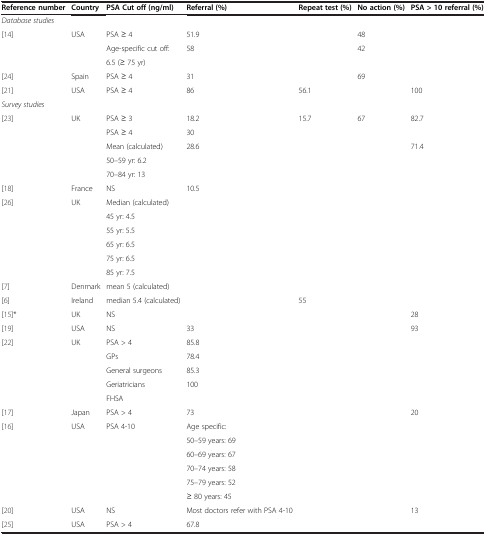
<table><thead><tr><td><b>Reference number</b></td><td><b>Country</b></td><td><b>PSA Cut off (ng/ml)</b></td><td><b>Referral (%)</b></td><td><b>Repeat test (%)</b></td><td><b>No action (%)</b></td><td><b>PSA &gt; 10 referral (%)</b></td></tr></thead><tbody><tr><td><i>Database studies</i></td><td> </td><td> </td><td> </td><td> </td><td> </td><td> </td></tr><tr><td>[14]</td><td>USA</td><td>PSA ≥ 4</td><td>51.9</td><td> </td><td>48</td><td> </td></tr><tr><td rowspan="2"> </td><td rowspan="2"> </td><td>Age-specific cut off:</td><td rowspan="2">58</td><td rowspan="2"> </td><td rowspan="2">42</td><td rowspan="2"> </td></tr><tr><td>6.5 (≥ 75 yr)</td></tr><tr><td>[24]</td><td>Spain</td><td>PSA ≥ 4</td><td>31</td><td> </td><td>69</td><td> </td></tr><tr><td>[21]</td><td>USA</td><td>PSA ≥ 4</td><td>86</td><td>56.1</td><td> </td><td>100</td></tr><tr><td><i>Survey studies</i></td><td> </td><td> </td><td> </td><td> </td><td> </td><td> </td></tr><tr><td>[23]</td><td>UK</td><td>PSA ≥ 3</td><td>18.2</td><td>15.7</td><td>67</td><td>82.7</td></tr><tr><td> </td><td> </td><td>PSA ≥ 4</td><td>30</td><td> </td><td> </td><td> </td></tr><tr><td rowspan="3"> </td><td rowspan="3"> </td><td>Mean (calculated)</td><td rowspan="3">28.6</td><td rowspan="3"> </td><td rowspan="3"> </td><td rowspan="3">71.4</td></tr><tr><td>50–59 yr: 6.2</td></tr><tr><td>70–84 yr: 13</td></tr><tr><td>[18]</td><td>France</td><td>NS</td><td>10.5</td><td> </td><td> </td><td> </td></tr><tr><td rowspan="6">[26]</td><td rowspan="6">UK</td><td>Median (calculated)</td><td> </td><td rowspan="6"> </td><td rowspan="6"> </td><td rowspan="6"> </td></tr><tr><td>45 yr: 4.5</td><td> </td></tr><tr><td>55 yr: 5.5</td><td> </td></tr><tr><td>65 yr: 6.5</td><td> </td></tr><tr><td>75 yr: 6.5</td><td> </td></tr><tr><td>85 yr: 7.5</td><td> </td></tr><tr><td>[7]</td><td>Denmark</td><td>mean 5 (calculated)</td><td> </td><td> </td><td> </td><td> </td></tr><tr><td>[6]</td><td>Ireland</td><td>median 5.4 (calculated)</td><td> </td><td>55</td><td> </td><td> </td></tr><tr><td>[15]*</td><td>UK</td><td>NS</td><td> </td><td> </td><td> </td><td>28</td></tr><tr><td>[19]</td><td>USA</td><td>NS</td><td>33</td><td> </td><td> </td><td>93</td></tr><tr><td rowspan="5">[22]</td><td rowspan="5">UK</td><td>PSA &gt; 4</td><td>85.8</td><td rowspan="5"> </td><td rowspan="5"> </td><td rowspan="5"> </td></tr><tr><td>GPs</td><td>78.4</td></tr><tr><td>General surgeons</td><td>85.3</td></tr><tr><td>Geriatricians</td><td>100</td></tr><tr><td>FHSA</td><td> </td></tr><tr><td>[17]</td><td>Japan</td><td>PSA &gt; 4</td><td>73</td><td> </td><td> </td><td>20</td></tr><tr><td rowspan="6">[16]</td><td rowspan="6">USA</td><td rowspan="6">PSA 4-10</td><td>Age specific:</td><td rowspan="6"> </td><td rowspan="6"> </td><td rowspan="6"> </td></tr><tr><td>50–59 years: 69</td></tr><tr><td>60–69 years: 67</td></tr><tr><td>70–74 years: 58</td></tr><tr><td>75–79 years: 52</td></tr><tr><td>≥ 80 years: 45</td></tr><tr><td>[20]</td><td>USA</td><td>NS</td><td>Most doctors refer with PSA 4-10</td><td> </td><td> </td><td>13</td></tr><tr><td>[25]</td><td>USA</td><td>PSA &gt; 4</td><td>67.8</td><td> </td><td> </td><td> </td></tr></tbody></table>